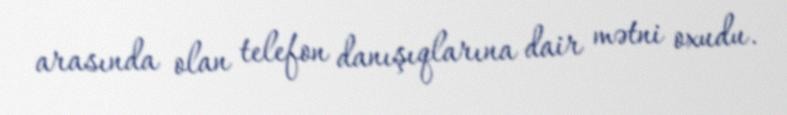
arasında olan telefon danışıqlarına dair mətni oxudu.